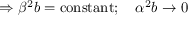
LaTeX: \Rightarrow \beta ^ { 2 } b = \mathrm { c o n s t a n t } ; \quad \alpha ^ { 2 } b \to 0